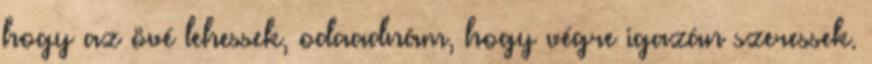
hogy az övé lehessek, odaadnám, hogy végre igazán szeressek.